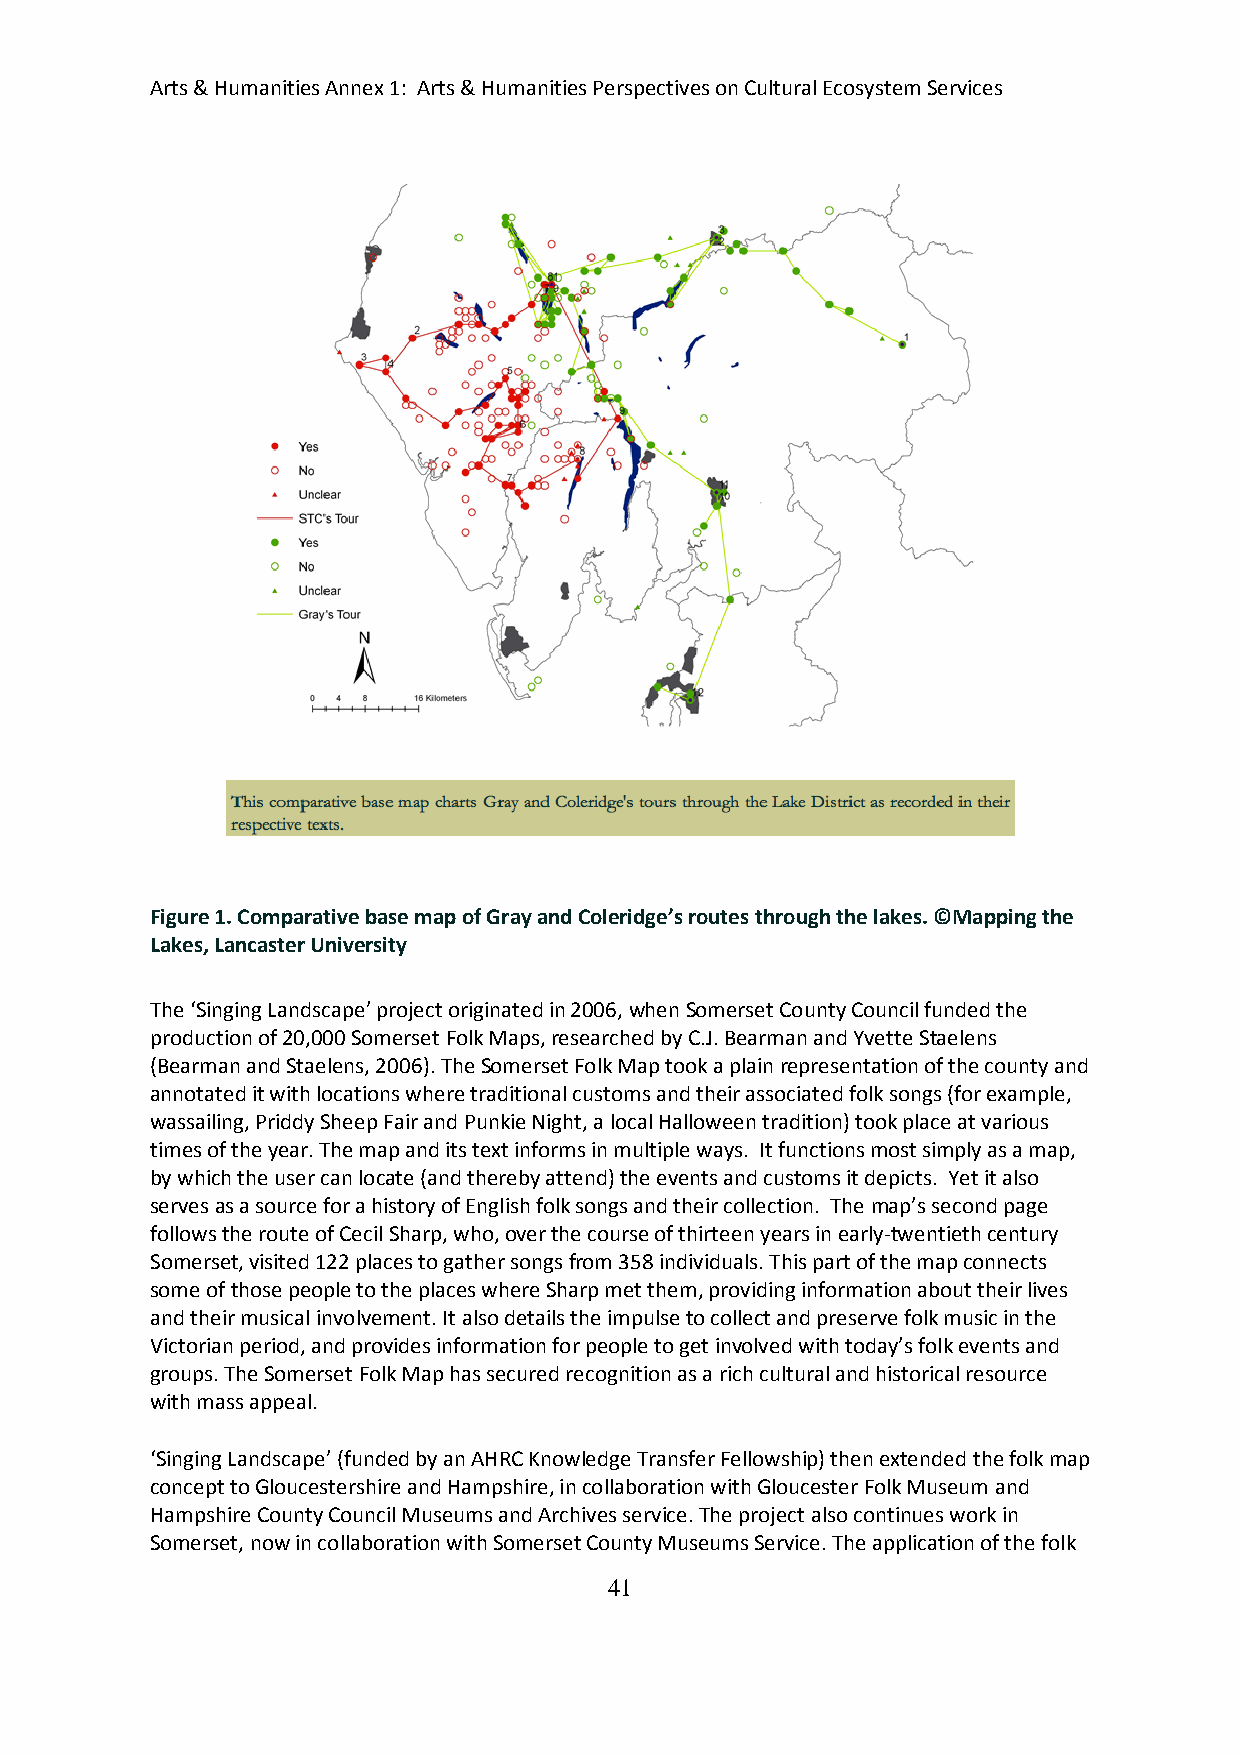
Arts & Humanities Annex 1: Arts & Humanities Perspectives on Cultural Ecosystem Services
 Figure 1. Comparative base map of Gray and Coleridge’s routes through the lakes. ©Mapping the
 Lakes, Lancaster University
 The ‘Singing Landscape’ project originated in 2006, when Somerset County Council funded the
 production of 20,000 Somerset Folk Maps, researched by C.J. Bearman and Yvette Staelens
 (Bearman and Staelens, 2006). The Somerset Folk Map took a plain representation of the county and
 annotated it with locations where traditional customs and their associated folk songs (for example,
 wassailing, Priddy Sheep Fair and Punkie Night, a local Halloween tradition) took place at various
 times of the year. The map and its text informs in multiple ways. It functions most simply as a map,
 by which the user can locate (and thereby attend) the events and customs it depicts. Yet it also
 serves as a source for a history of English folk songs and their collection. The map’s second page
 follows the route of Cecil Sharp, who, over the course of thirteen years in early-twentieth century
 Somerset, visited 122 places to gather songs from 358 individuals. This part of the map connects
 some of those people to the places where Sharp met them, providing information about their lives
 and their musical involvement. It also details the impulse to collect and preserve folk music in the
 Victorian period, and provides information for people to get involved with today’s folk events and
 groups. The Somerset Folk Map has secured recognition as a rich cultural and historical resource
 with mass appeal.
 ‘Singing Landscape’ (funded by an AHRC Knowledge Transfer Fellowship) then extended the folk map
 concept to Gloucestershire and Hampshire, in collaboration with Gloucester Folk Museum and
 Hampshire County Council Museums and Archives service. The project also continues work in
 Somerset, now in collaboration with Somerset County Museums Service. The application of the folk
 41